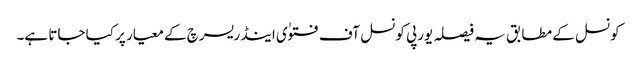
کونسل کے مطابق یہ فیصلہ یورپی کونسل آف فتوٰی اینڈ ریسرچ کے معیار پر کیا جاتا ہے۔